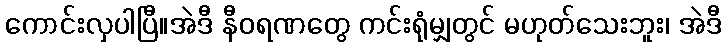
ကောင်းလှပါပြီ။အဲဒီ နီဝရဏတွေ ကင်းရုံမျှတွင် မဟုတ်သေးဘူး၊ အဲဒီ